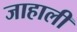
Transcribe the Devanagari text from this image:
जाहाली